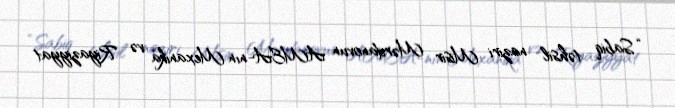
“Sabiq təhsil naziri Misir Mərdanovun AMEA-nın Mexanika və Riyaziyyat